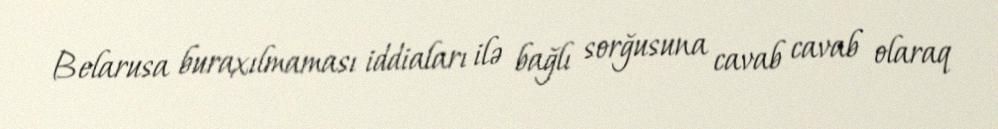
Belarusa buraxılmaması iddiaları ilə bağlı sorğusuna cavab cavab olaraq